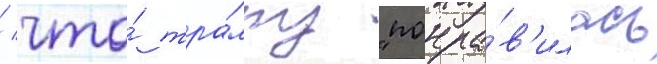
/ что́ тра́мпу "понра́в'илась